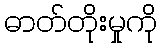
ဓာတ်တိုးမှုကို